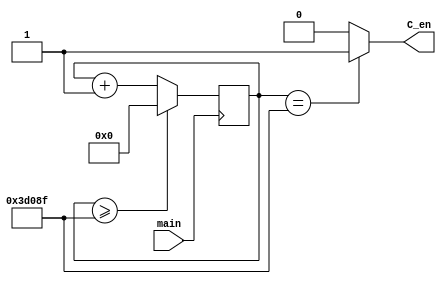
`timescale 1ns / 1ps

module Div_DHour(
    input main,
    output C_en
    );
    
    reg [26:0]counter1=0;
    always @(posedge main)
    begin
        counter1<= (counter1>=249999)? 0 : counter1+1;  
    end
    assign C_en = (counter1==249999) ? 1'b1 : 1'b0;
endmodule